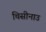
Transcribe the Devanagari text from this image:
चिसीनाउ